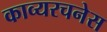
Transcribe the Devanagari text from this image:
काव्यरचनेस